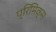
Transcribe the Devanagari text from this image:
प्रिमिक्स